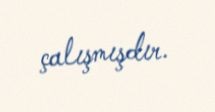
çalışmışdır.